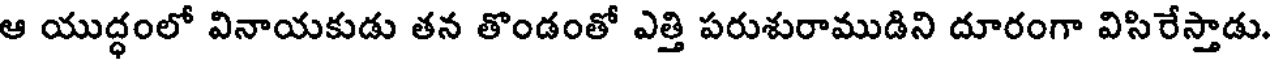
ఆ యుద్ధంలో వినాయకుడు తన తొండంతో ఎత్తి పరుశురాముడిని దూరంగా విసిరేస్తాడు.